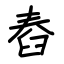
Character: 舂